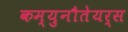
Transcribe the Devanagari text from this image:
कम्युनौतेयर्स